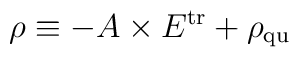
\rho \equiv - A \times E^{\rm tr} + \rho_{\rm qu}